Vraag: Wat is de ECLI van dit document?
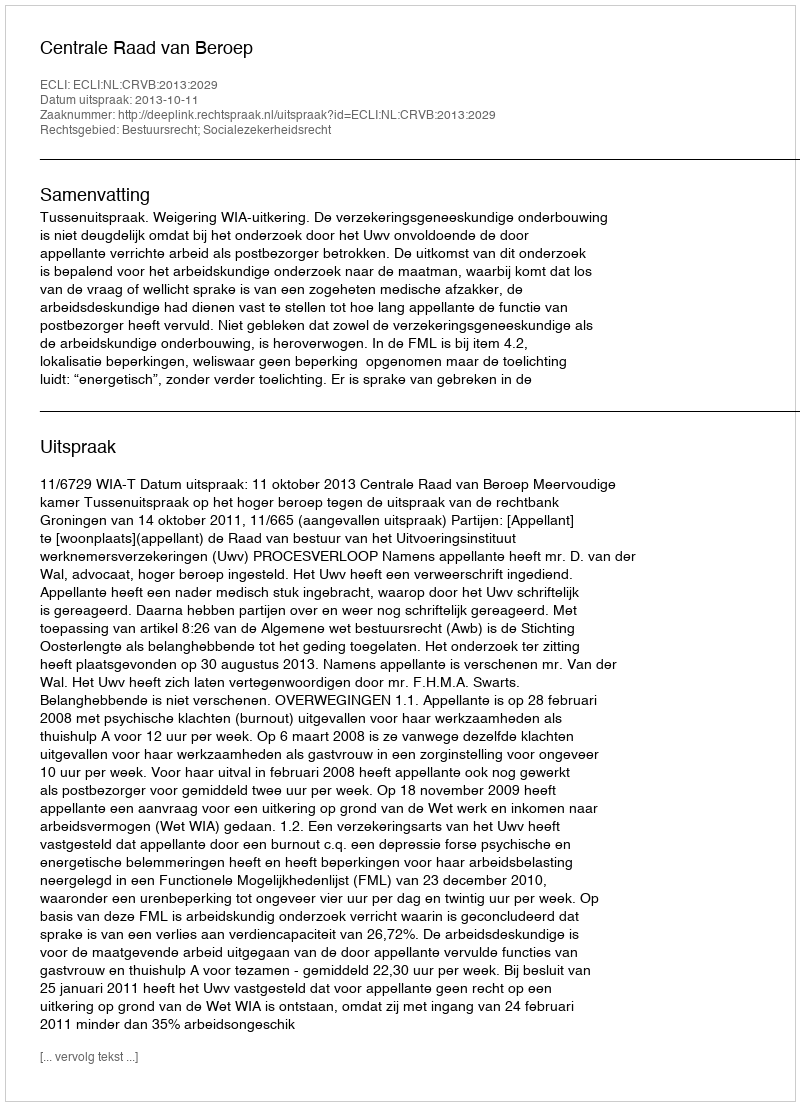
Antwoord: ECLI:NL:CRVB:2013:2029